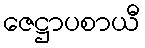
ဇေဋ္ဌာပစာယီ